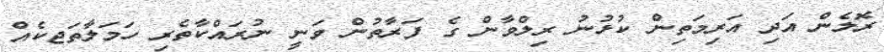
ރޮލެން އަދި އަރިމަތިން ކުޅުނު ރިލްވާން ގެ ފަރާތުން ވަނީ ނުރައްކާތެރި ހަމަލާތަޖކެއް